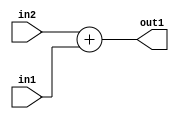
`timescale 1ps / 1ps
/*****************************************************************************
    Verilog RTL Description
    
    
    Created by: Stratus DpOpt 21.05.01 
*******************************************************************************/

module dut_Add_5Ux1U_6U_1 (
	in2,
	in1,
	out1
	); /* architecture "behavioural" */ 
input [4:0] in2;
input  in1;
output [5:0] out1;
wire [5:0] asc001;

assign asc001 = 
	+(in2)
	+(in1);

assign out1 = asc001;
endmodule

/* CADENCE  urjyQg0= : u9/ySxbfrwZIxEzHVQQV8Q== ** DO NOT EDIT THIS LINE ******/